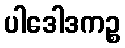
ပါဒေါဒကဉ္စ